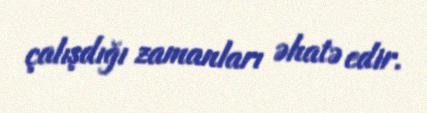
çalışdığı zamanları əhatə edir.